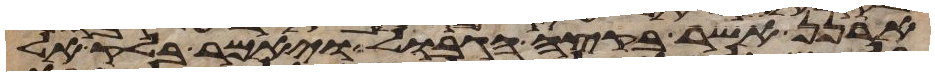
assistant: ארנן אשר בקצה הגבול ויאמר בלק אל